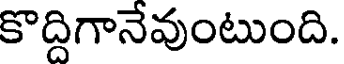
కొద్దిగానేవుంటుంది.